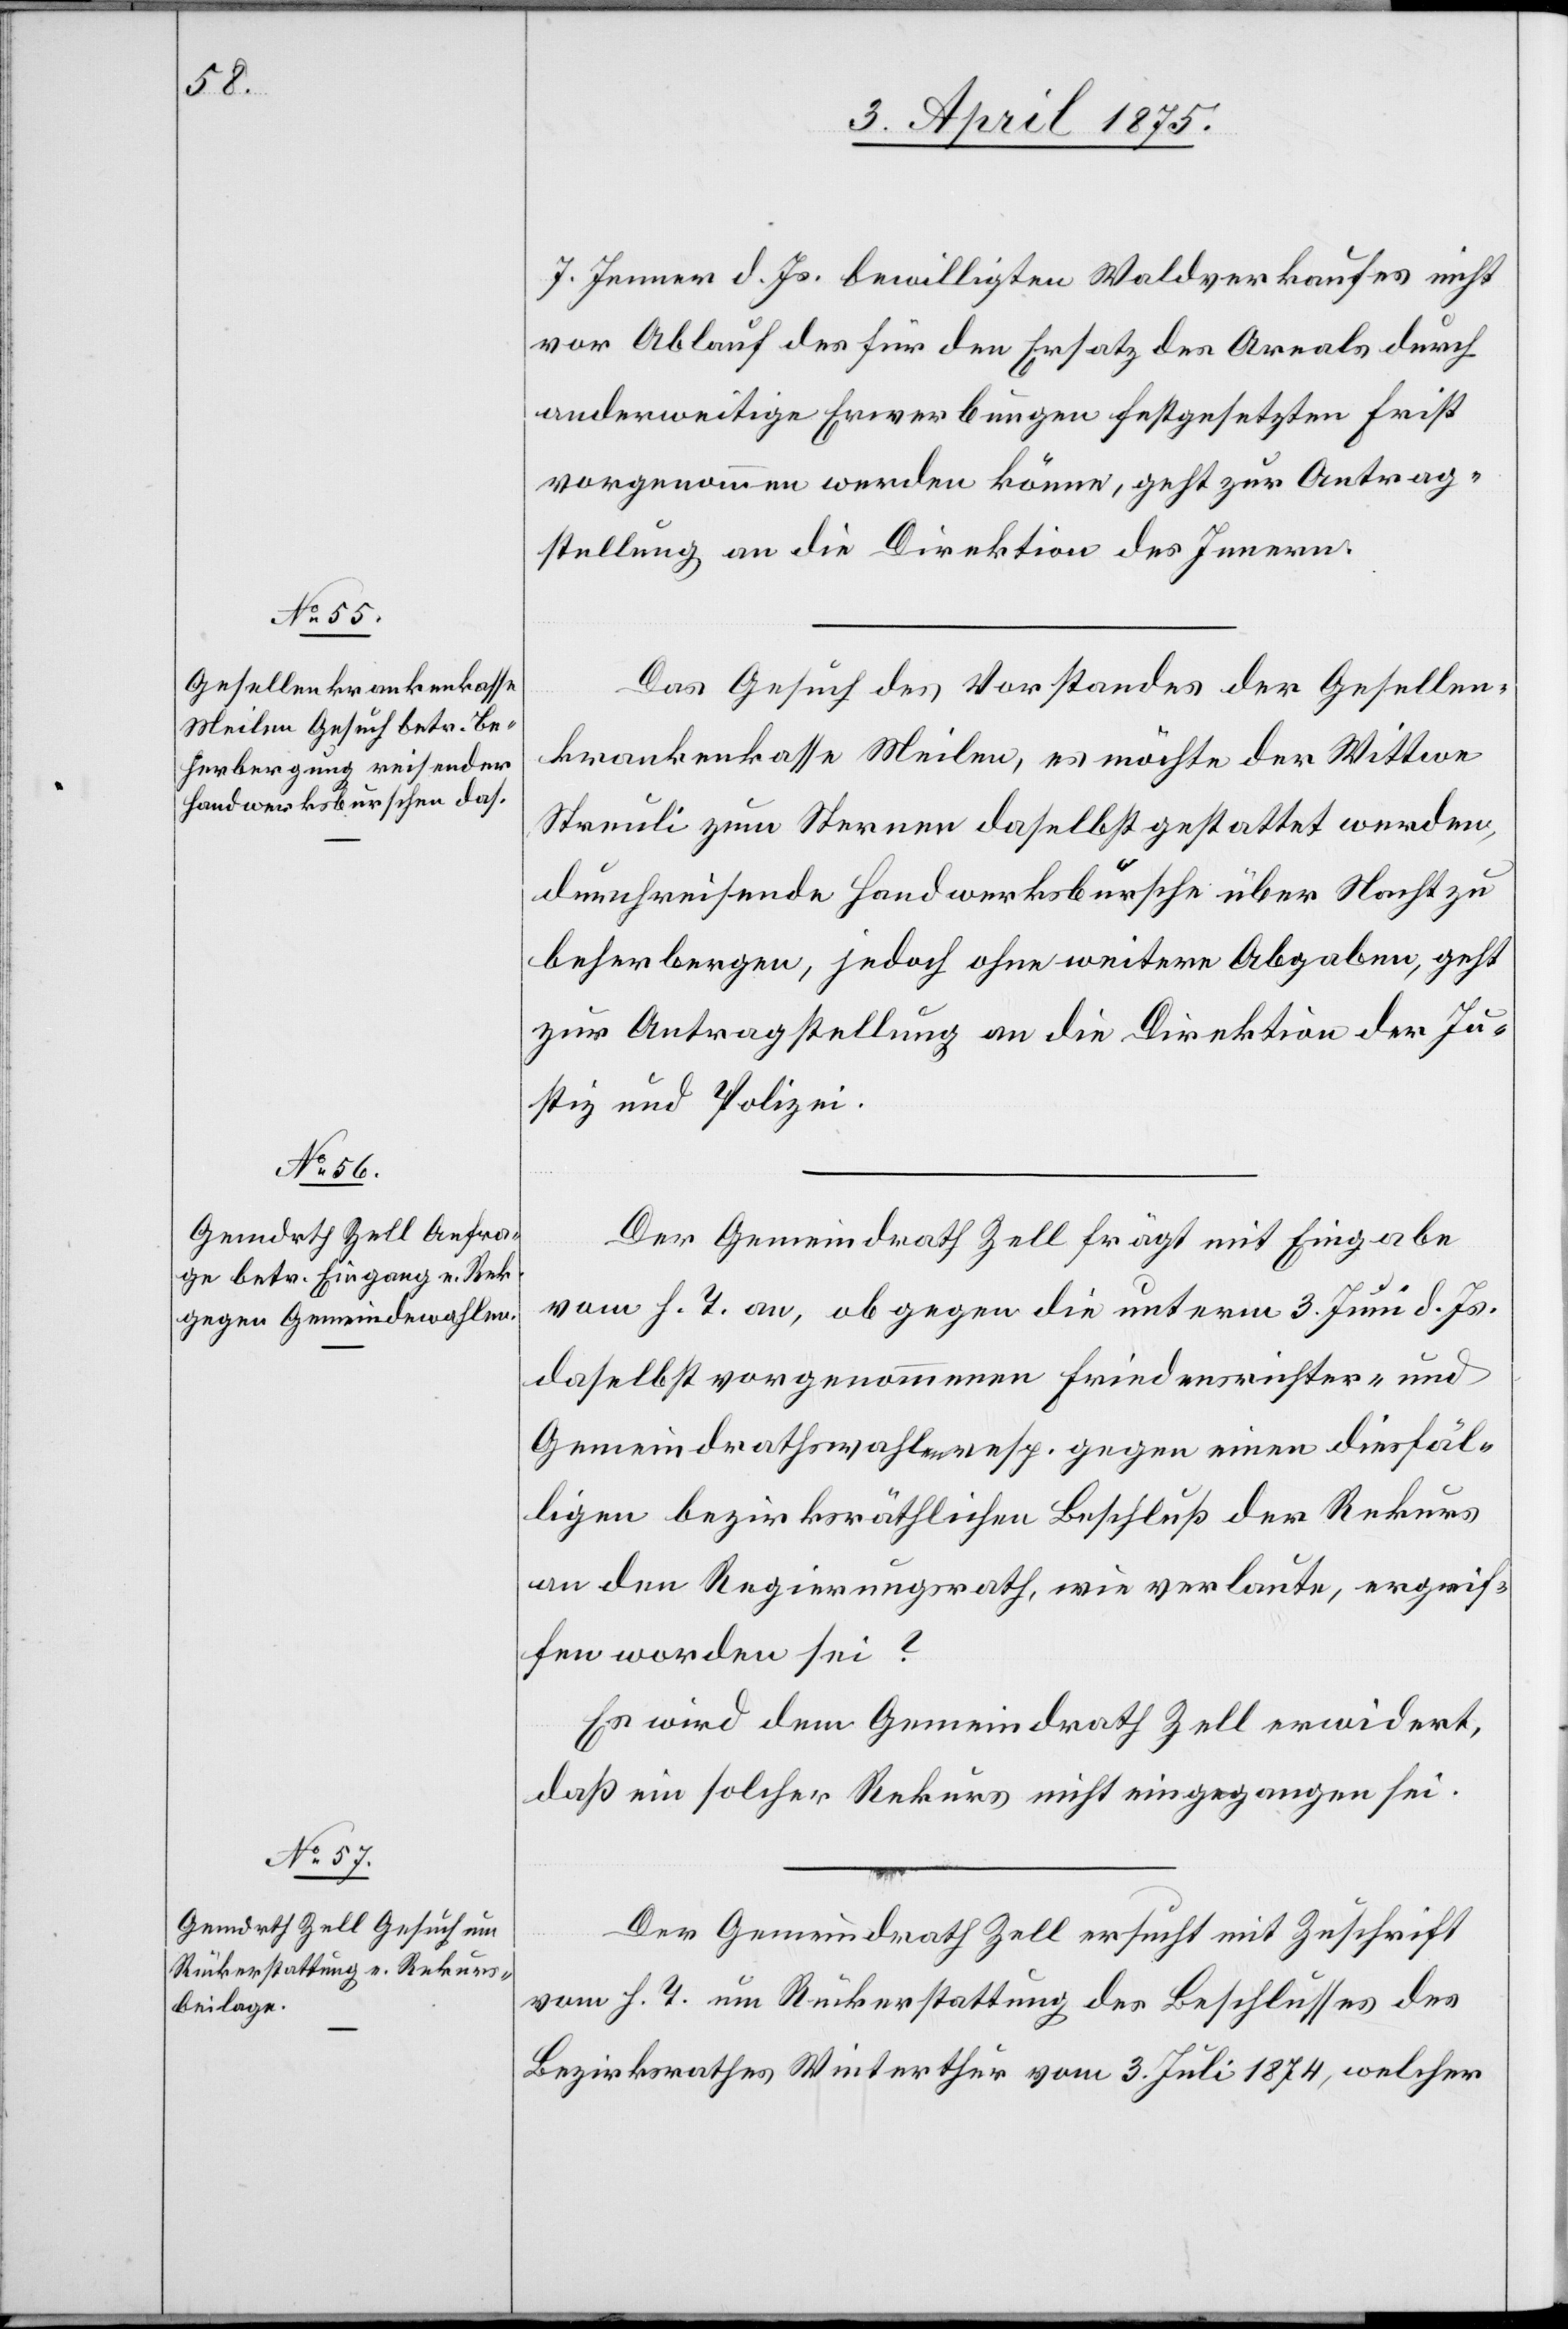
6. April 1875.]
7. Jenner d. Js. bewilligten Waldverkaufs nicht
vor Ablauf des für den Ersatz des Areals durch
anderweitige Erwerbungen festgesetzten Frist
vorgenommen werden könne, geht zur Antrag¬
stellung an die Direktion des Innern.
Das Gesuch des Vorstandes der Gesellen¬
krankenkasse Meilen, es möchte der Wittwe
Streuli zum Sternen daselbst gestattet werden,
durchreisende Handwerksbursche über Nacht zu
beherbergen, jedoch ohne weitere Abgaben, geht
zur Antragstellung an die Direktion er Ju¬
stiz und Polizei.
Der Gemeindrath Zell frägt mit Eingabe
vom h. T. an, ob gegen die unterm 3. Juni d. Js.
daselbst vorgenommenen Friedensrichter- und
Gemeindrathswahl resp. gegen einen diesfäl¬
ligen bezirksräthlichen Beschluß der Rekurs
an den Regierungsrath, wie verlaute, ergrif¬
fen worden sei?
Es wird dem Gemeindrath Zell erwiedert,
daß ein solcher Rekurs nicht eingegangen sei.
Der Gemeindrath Zell ersucht mit Zuschrift
vom h. T. um Rückerstattung des Beschlusses des
Bezirksrathes Winterthur vom 3. Juli 1874, welcher